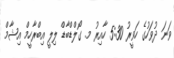
ވަނަ ދުވަހުގެ ހަވީރު 5:30 ހާއިރު މ. ގޯލްޑްބާޑް ލިލީ އިބްރާހީމް އިޝާމް